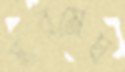
স্তরমেঘ